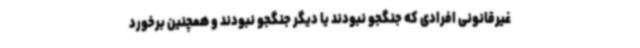
غیرقانونی افرادی که جنگجو نبودند یا دیگر جنگجو نبودند و همچنین برخورد